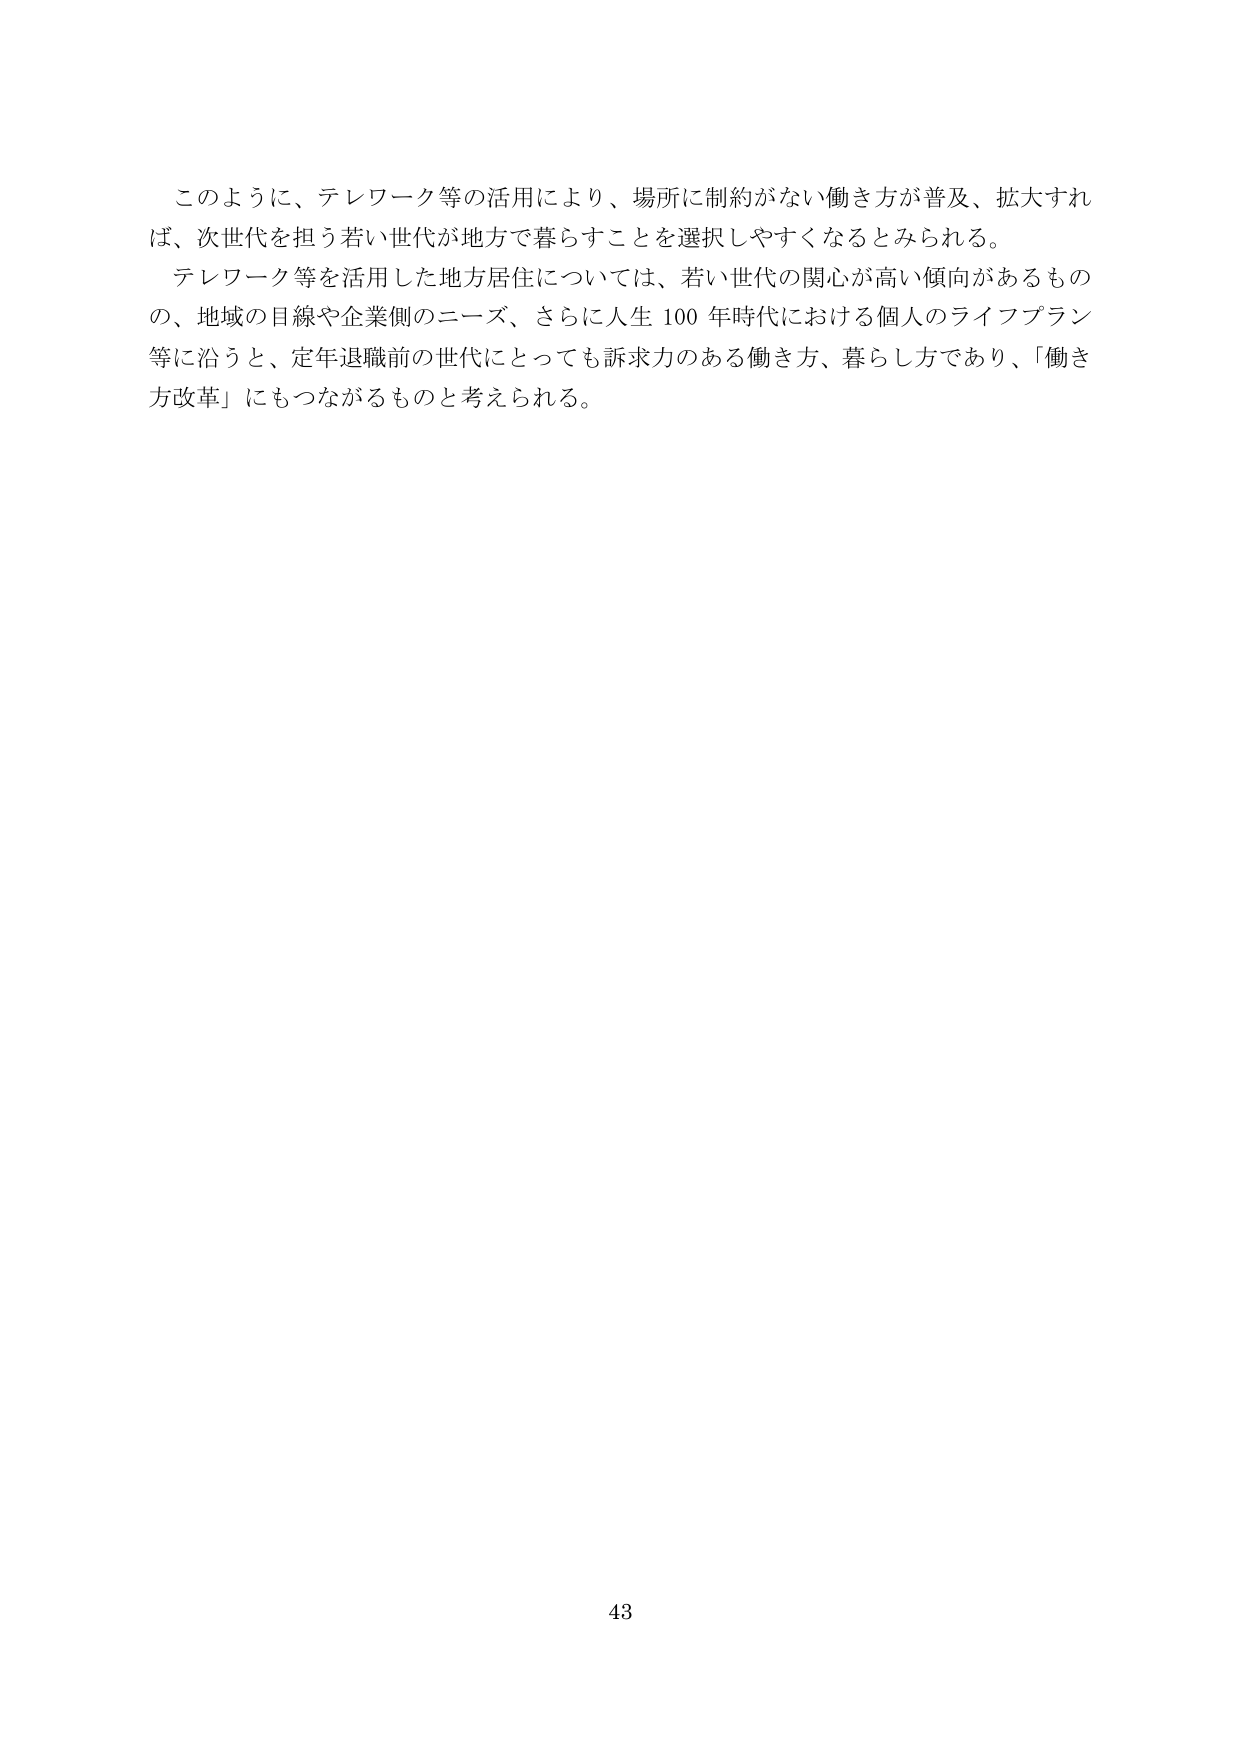
このように、テレワーク等の活用により、場所に制約がない働き方が普及、拡大すれば、次世代を担う若い世代が地方で暮らすことを選択しやすくなるとみられる。

テレワーク等を活用した地方居住については、若い世代の関心が高い傾向があるものの、地域の目線や企業側のニーズ、さらに人生100年時代における個人のライフプラン等に沿うと、定年退職前の世代にとっても訴求力のある働き方、暮らし方であり、「働き方改革」にもつながるものと考えられる。

43